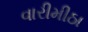
વારીમીઠા